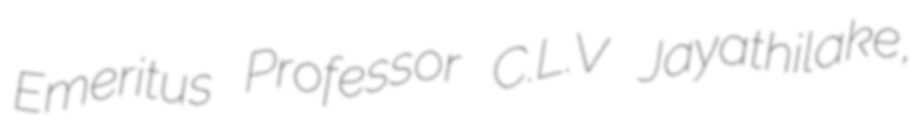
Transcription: Emeritus Professor C.L.V Jayathilake,